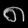
Digit: ၈